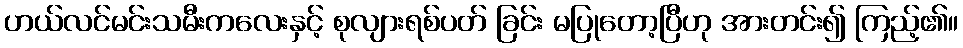
ဟယ်လင်မင်းသမီးကလေးနှင့် စုလျားရစ်ပတ် ခြင်း မပြုတော့ပြီဟု အားတင်း၍ ကြည့်၏။